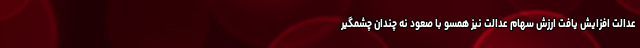
عدالت افزایش یافت ارزش سهام عدالت نیز همسو با صعود نه چندان چشمگیر